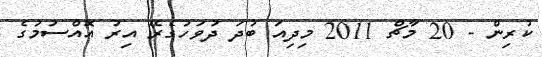
ކުރިން - 20 މާޗް 2011 މިދިއަ ބުދަ ދުވަހުގެރޭ އިރު އޮއްސުމުގެ